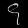
Digit: ၄